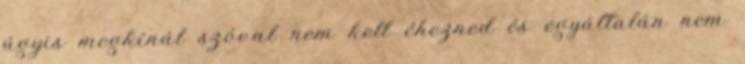
úgyis megkínál szóval nem kell éhezned és egyáltalán nem